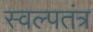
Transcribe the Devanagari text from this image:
स्वल्पतंत्र